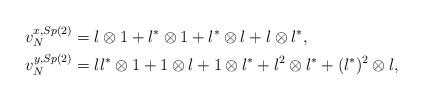
LaTeX: \begin{align*}v_N^{x,Sp(2)} & = l \otimes 1 + l^{\ast} \otimes 1 + l^{\ast} \otimes l + l \otimes l^{\ast}, \\v_N^{y,Sp(2)} & = ll^{\ast} \otimes 1 + 1 \otimes l + 1 \otimes l^{\ast} + l^2 \otimes l^{\ast} + (l^{\ast})^2 \otimes l,\end{align*}